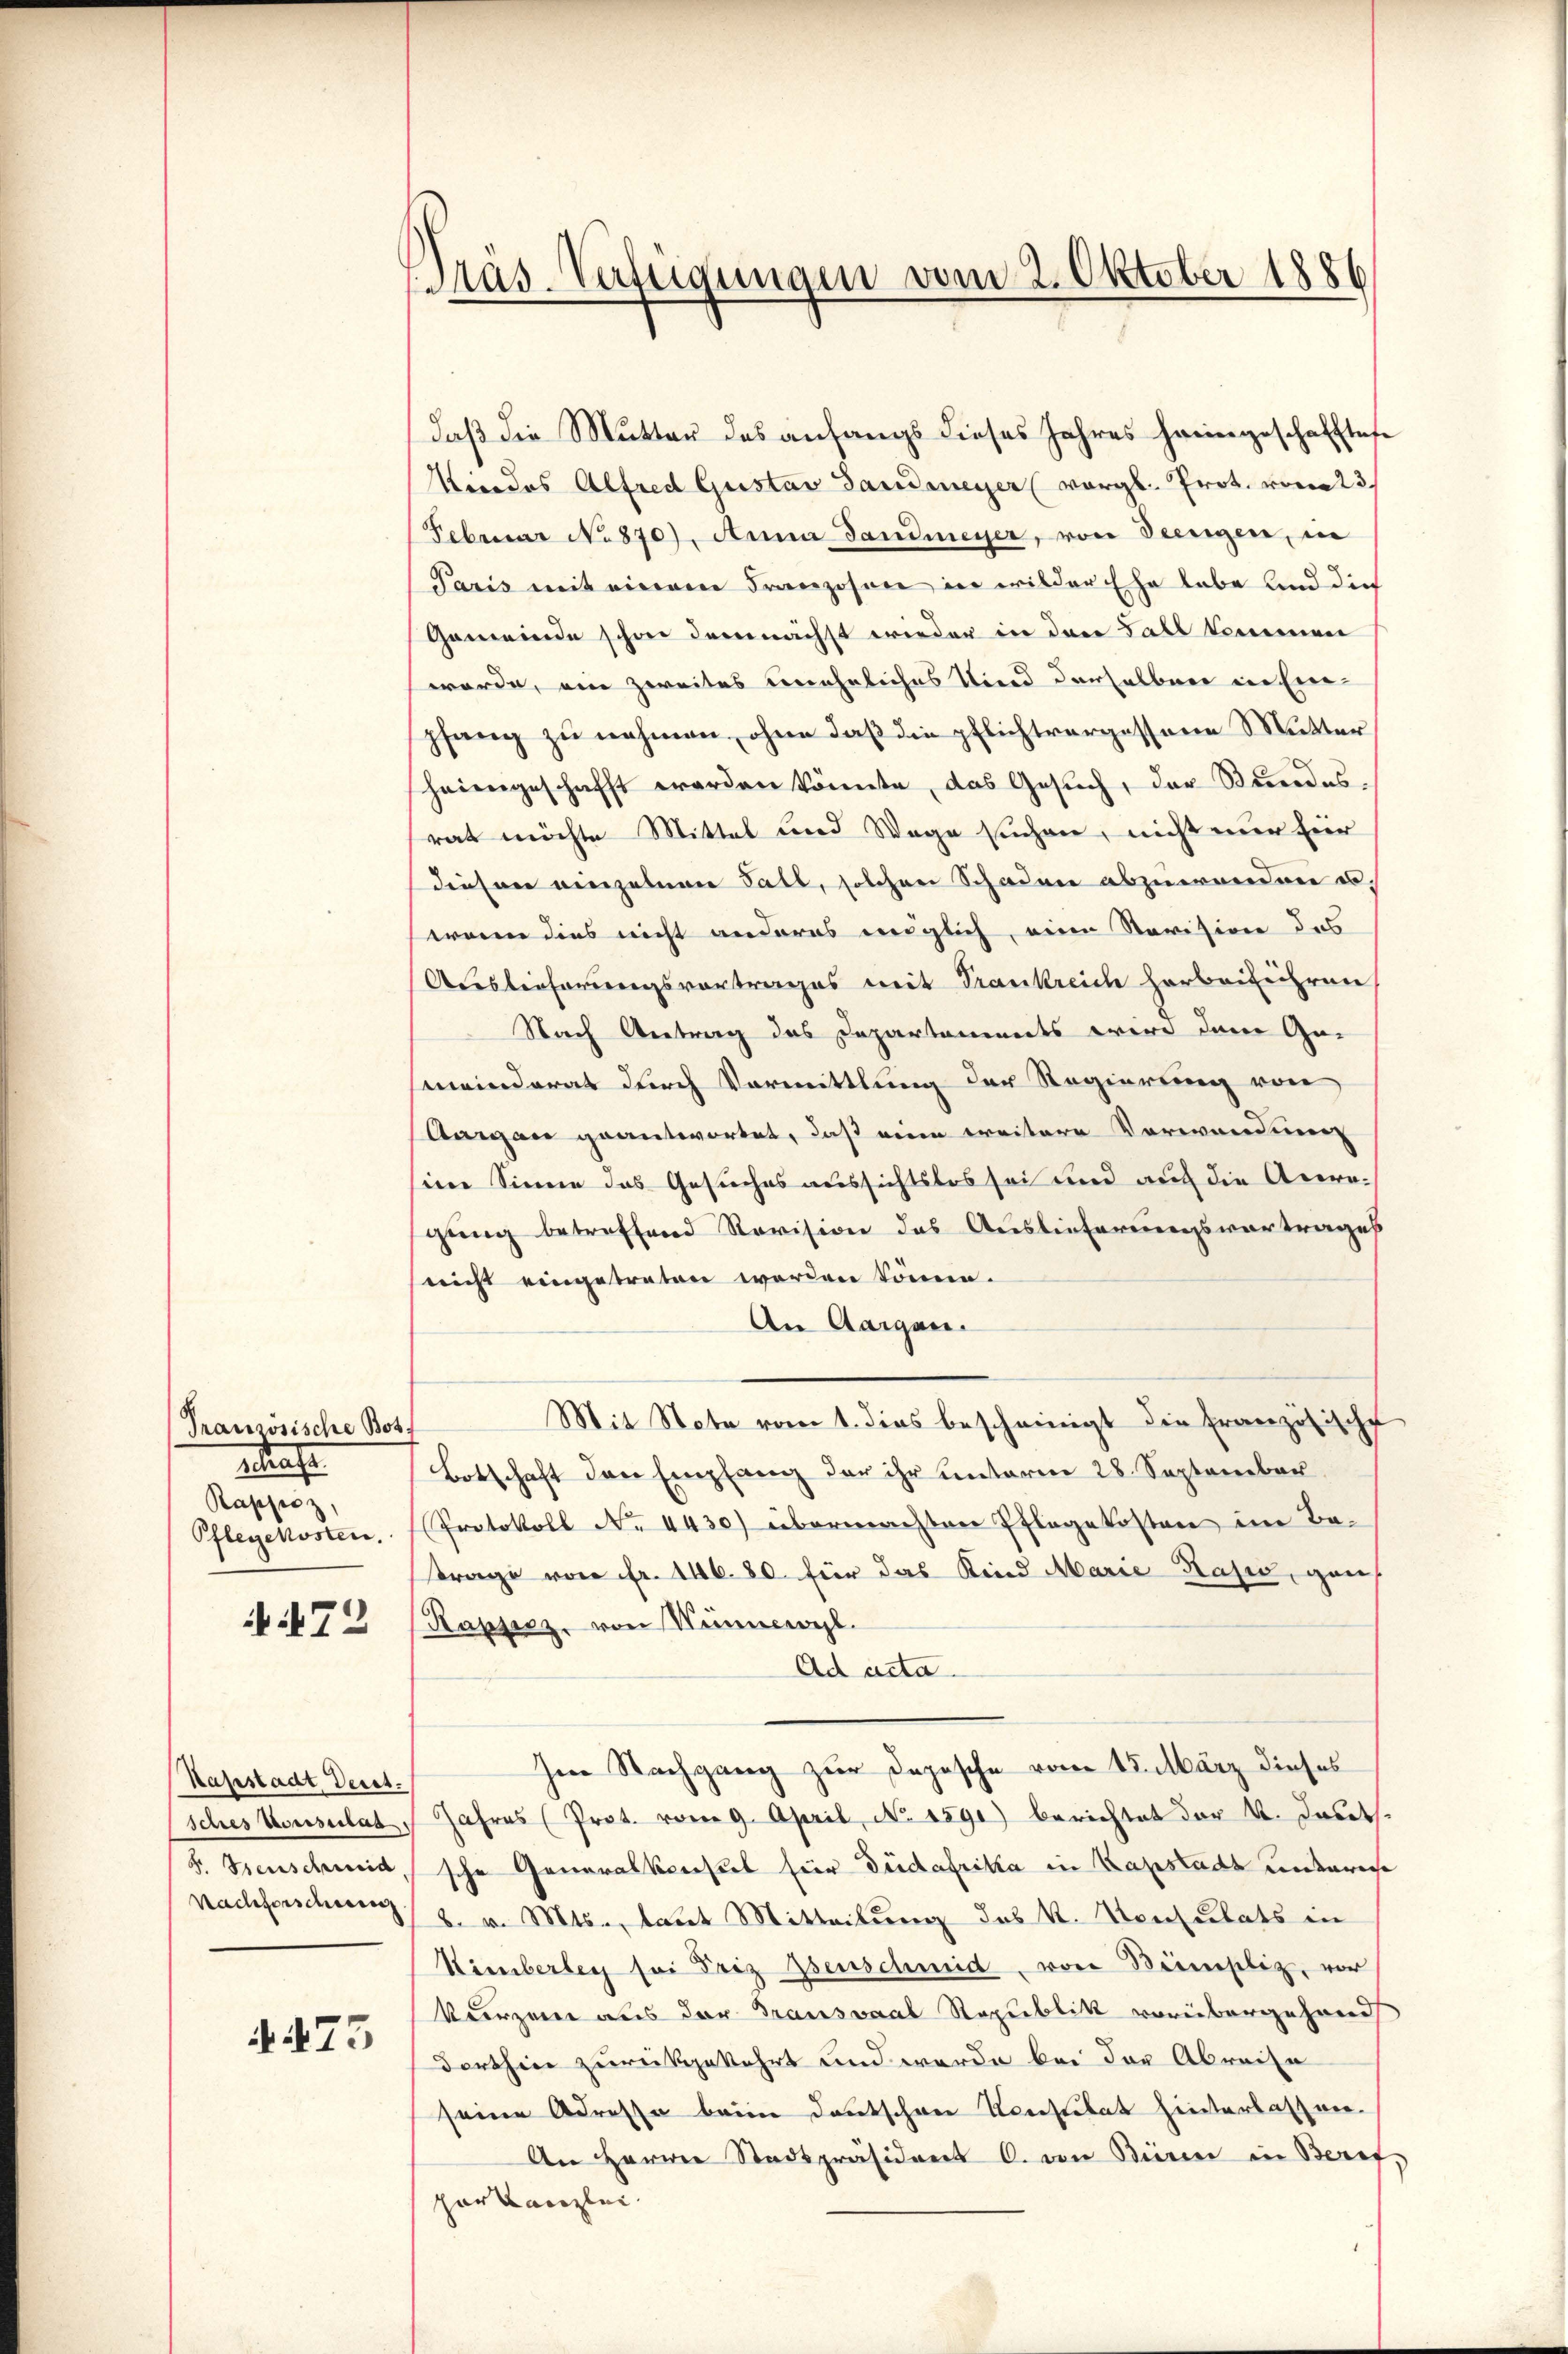
Französische Bott
Strafe
Rappo
Pflegekosten.

iit 72

Haßstadt, Verst.
sches Vorsitas
2. Seiterung
Nachforschien

A475

Präs. Verfügungen vom 2. Oktober 1886

daß die Mutter des anfangs dieses Jahres heimgeschafftese
Kindes Alfred Gustav Sandmeyer (vergl. Prot. vom 23
Februar No. 870). Anna Gandmeyer, von Seengen, in
Paris mit einem Franzosen in wilder Ehe habe und die
Gemeinde schon demnächst wieder in den Fall kommener
werde, ein zweites uneheliches Kind derselben in Eine
pfang zu nehmen, ohne daß die pflichtvergessene Mutter
heimgeschafft werden könnte, das Gesŭch, der Stundes,
rat möchte Mittel und Wege suchen, nicht nur für
diesen einzelnen Fall, solchen Schaden abzuwenden es,
wann dies nicht anderes englich, eine Revision des
Ausleiherungsvortrages mit Trankreich herbeiführen
Nach Antrag das Departements wird dem Ge-
meinderat durch Vormittlung der Regierung von
Aargau geantwortet, daß eine weitere Vorwandung
sine Sinne das Gesuches aussichtslos sei und auch die Anragung betreffend Revision das Auslieferungsvortrages
(nicht eingetreten worden könne.
An Aargau.
Mit Note vom 1. dies bescheinigt die Französische
Botschaft den Empfang der ihr unterm 28. September
Protokoll No 4430) übermachten Pflegekosten im Ba¬
Frage von Fr. 146. 80. für das Kind Marie Kasić, gan¬
Kapsicz, von Neuwahl.
Ad acta.
Im Nachgang zur Depesche vom 15. März dieses
Jahres (Prot. vom 9. April, No 1291) berichtet der 4. Jants.
sche Generalkonsul für Düdafrika in Kapstadt unterweise
b. v. Mts., laut Mitteilung des k. Konsulats in
Kimberley sei Friz genschmid, von Beimpliz, vor
Verzen aus der Transsaal Republik vorübergehend
Dorthin zurückgekehrt und werde bei der Abreise
seine Adresse beim deutschen Konsulat hinterlassen.
An Herren Stadtpräsident C. von Büren in Beruf,
zerkanzlei.